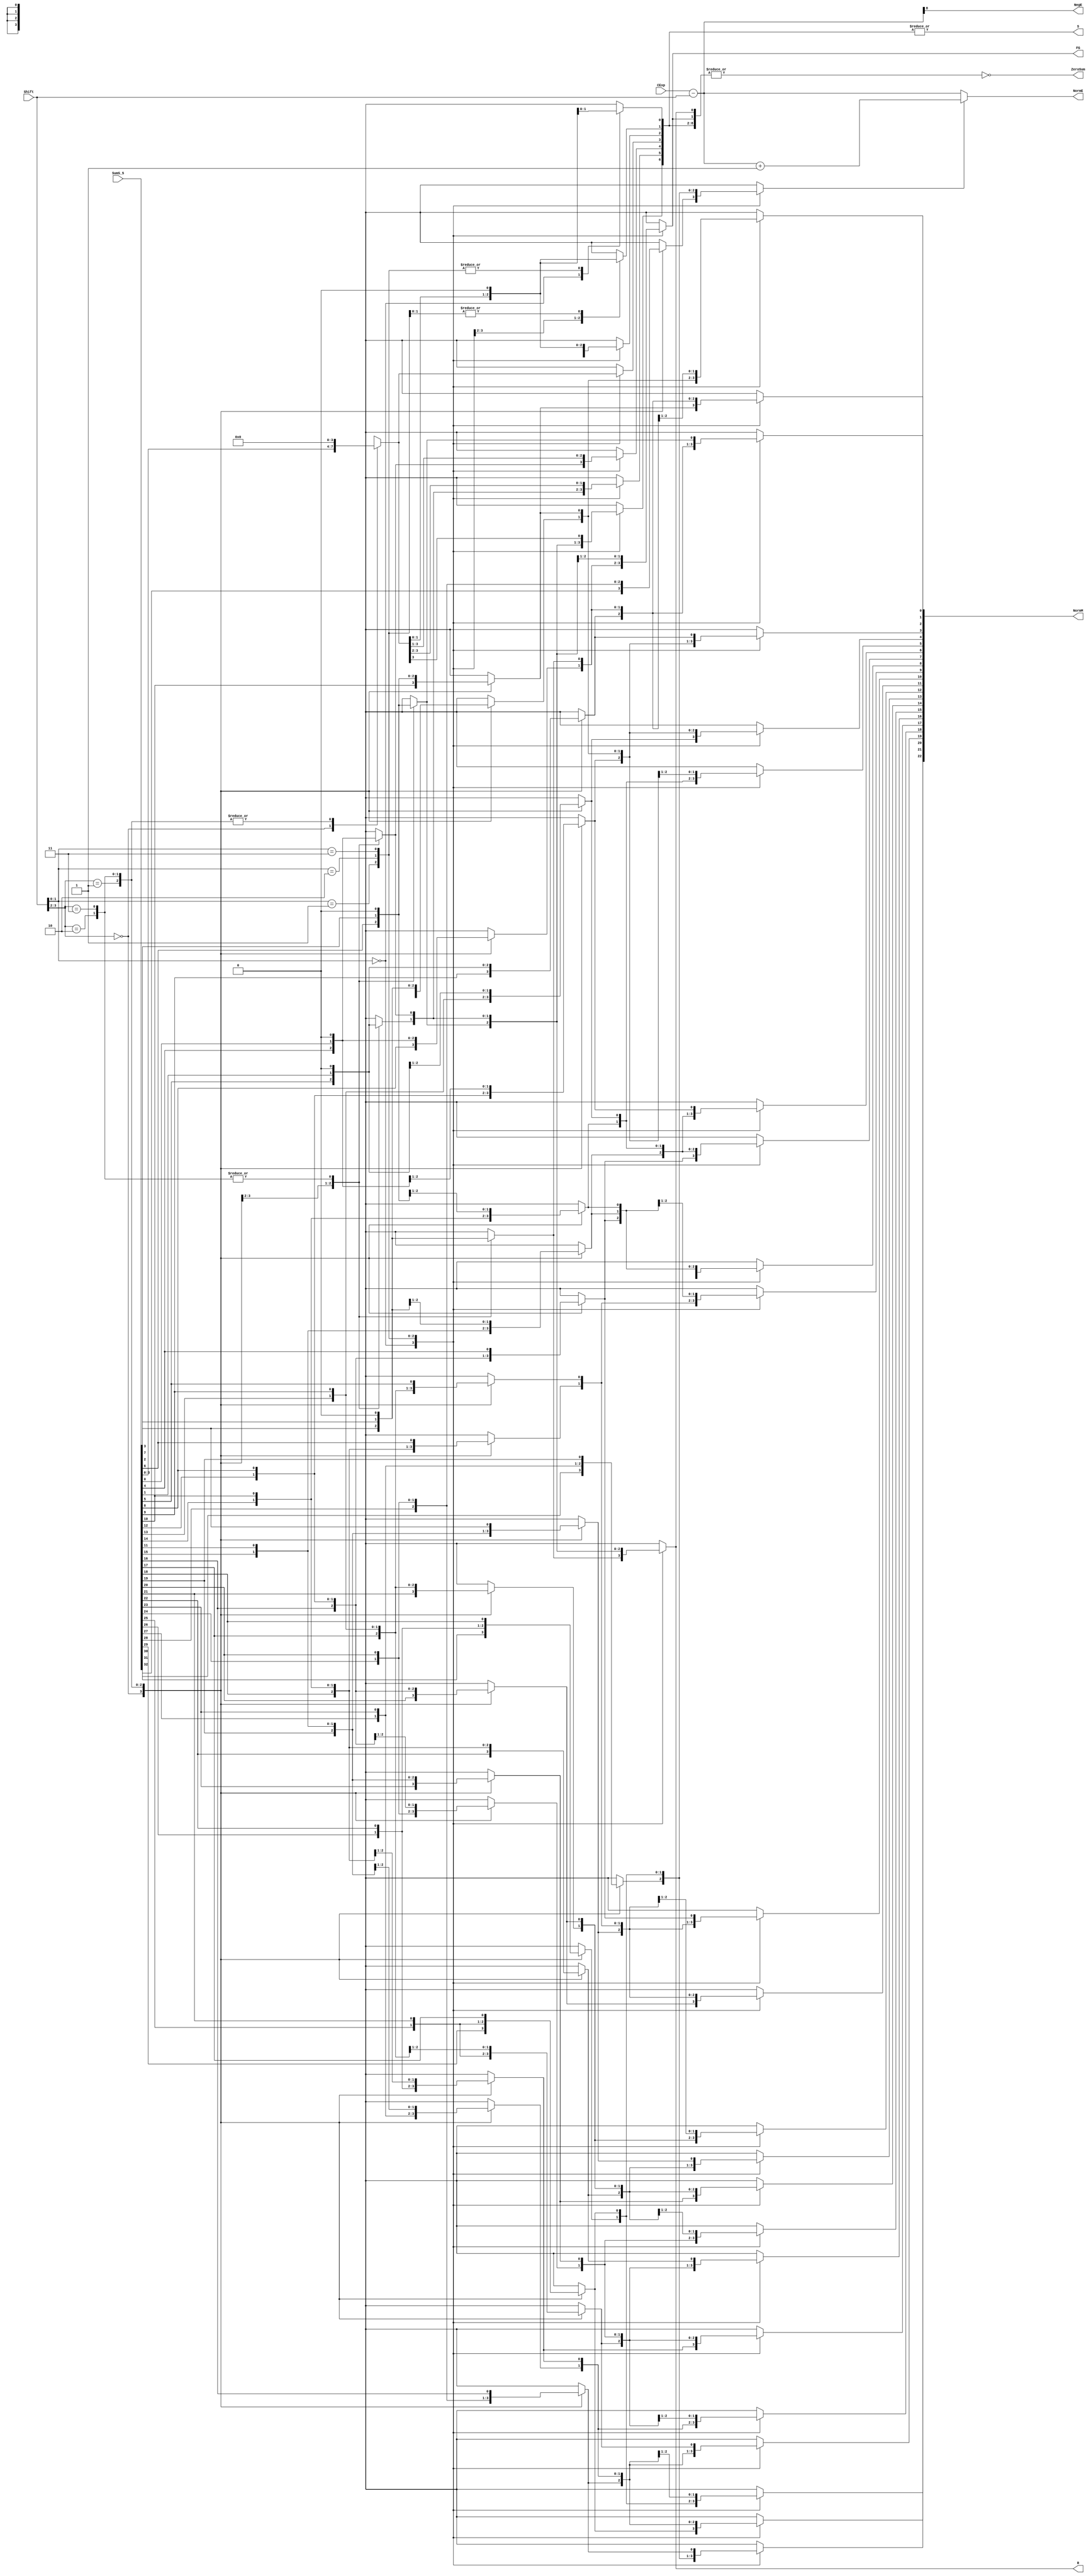
`define BFLOAT16 
`define EXPONENT 8
`define MANTISSA 7
`define EXPONENT 5
`define MANTISSA 10
`define SIGN 1
`define DWIDTH (`SIGN+`EXPONENT+`MANTISSA)
`define AWIDTH 8
`define MEM_SIZE 256
`define MAT_MUL_SIZE 20
`define MASK_WIDTH 20
`define LOG2_MAT_MUL_SIZE 4 
`define BB_MAT_MUL_SIZE `MAT_MUL_SIZE
`define NUM_CYCLES_IN_MAC 3
`define MEM_ACCESS_LATENCY 1
`define ADDR_STRIDE_WIDTH 8

module FPAddSub_c(
		SumS_5,
		Shift,
		CExp,
		NormM,
		NormE,
		ZeroSum,
		NegE,
		R,
		S,
		FG
	);
	
	// Input ports
	input [32:0] SumS_5 ;						// Smaller mantissa after 16|12|8|4 shift
	
	input [4:0] Shift ;						// Shift amount
	
// Input ports
	
	input [7:0] CExp ;
	

	// Output ports
	output [22:0] NormM ;				// Normalized mantissa
	output [8:0] NormE ;					// Adjusted exponent
	output ZeroSum ;						// Zero flag
	output NegE ;							// Flag indicating negative exponent
	output R ;								// Round bit
	output S ;								// Final sticky bit
	output FG ;


	wire [3:0]Shift_1;
	assign Shift_1 = Shift [3:0];
	// Output ports
	wire [32:0] SumS_7 ;						// The smaller mantissa
	
	reg	  [32:0]		Lvl2;
	wire    [65:0]    Stage1;	
	reg	  [32:0]		Lvl3;
	wire    [65:0]    Stage2;	
	integer           i;               	// Loop variable
	
	assign Stage1 = {SumS_5, SumS_5};

	always @(*) begin    					// Rotate {0 | 4 | 8 | 12} bits
	  case (Shift[3:2])
			// Rotate by 0
			2'b00: Lvl2 <= Stage1[32:0];       		
			// Rotate by 4
			2'b01: begin for (i=65; i>=33; i=i-1) begin Lvl2[i-33] <= Stage1[i-4]; end Lvl2[3:0] <= 0; end
			// Rotate by 8
			2'b10: begin for (i=65; i>=33; i=i-1) begin Lvl2[i-33] <= Stage1[i-8]; end Lvl2[7:0] <= 0; end
			// Rotate by 12
			2'b11: begin for (i=65; i>=33; i=i-1) begin Lvl2[i-33] <= Stage1[i-12]; end Lvl2[11:0] <= 0; end
	  endcase
	end
	
	assign Stage2 = {Lvl2, Lvl2};

	always @(*) begin   				 		// Rotate {0 | 1 | 2 | 3} bits
	  case (Shift_1[1:0])
			// Rotate by 0
			2'b00:  Lvl3 <= Stage2[32:0];
			// Rotate by 1
			2'b01: begin for (i=65; i>=33; i=i-1) begin Lvl3[i-33] <= Stage2[i-1]; end Lvl3[0] <= 0; end 
			// Rotate by 2
			2'b10: begin for (i=65; i>=33; i=i-1) begin Lvl3[i-33] <= Stage2[i-2]; end Lvl3[1:0] <= 0; end
			// Rotate by 3
			2'b11: begin for (i=65; i>=33; i=i-1) begin Lvl3[i-33] <= Stage2[i-3]; end Lvl3[2:0] <= 0; end
	  endcase
	end
	
	// Assign outputs
	assign SumS_7 = Lvl3;						// Take out smaller mantissa



	
	// Internal signals
	wire MSBShift ;						// Flag indicating that a second shift is needed
	wire [8:0] ExpOF ;					// MSB set in sum indicates overflow
	wire [8:0] ExpOK ;					// MSB not set, no adjustment
	
	// Calculate normalized exponent and mantissa, check for all-zero sum
	assign MSBShift = SumS_7[32] ;		// Check MSB in unnormalized sum
	assign ZeroSum = ~|SumS_7 ;			// Check for all zero sum
	assign ExpOK = CExp - Shift ;		// Adjust exponent for new normalized mantissa
	assign NegE = ExpOK[8] ;			// Check for exponent overflow
	assign ExpOF = CExp - Shift + 1'b1 ;		// If MSB set, add one to exponent(x2)
	assign NormE = MSBShift ? ExpOF : ExpOK ;			// Check for exponent overflow
	assign NormM = SumS_7[31:9] ;		// The new, normalized mantissa
	
	// Also need to compute sticky and round bits for the rounding stage
	assign FG = SumS_7[8] ; 
	assign R = SumS_7[7] ;
	assign S = |SumS_7[6:0] ;		
	
endmodule